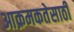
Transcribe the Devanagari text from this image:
आक्रमकतेसाठी